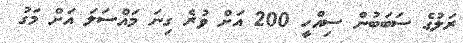
ރަލުގެ ސަބަބުން ސިއްހީ 200 އަށް ވުރެ ގިނަ މައްސަލަ އަށް މަގު